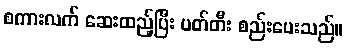
စကားလက် ဆေးထည့်ပြီး ပတ်တီး စည်းပေးသည်။